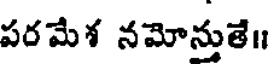
పరమేశ నమోన్తుతే॥